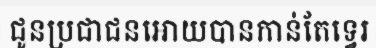
ជូនប្រជាជនអោយបានកាន់តែទ្វេរ